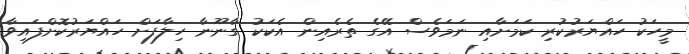
މީހަކު ހައްޔަރުކުރި ކަމަށާއި ނަމަވެސް އޭގެ ތެރެއިން އެކަކު ގާނޫނާ ހިލާފަށް ހައްޔަރުކޮށްފައިވާ